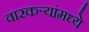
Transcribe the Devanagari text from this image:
वारकऱ्यांमध्ये